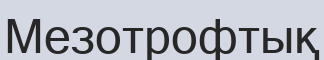
Мезотрофтық